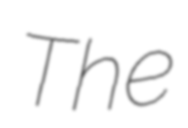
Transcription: The